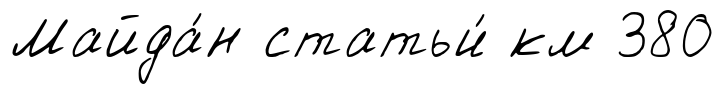
Майда́н статьи́ км 380